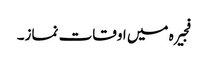
فجیرہ میں اوقات نماز۔